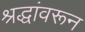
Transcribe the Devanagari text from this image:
श्रद्धांवरून